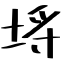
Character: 埓